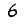
Digit: 6